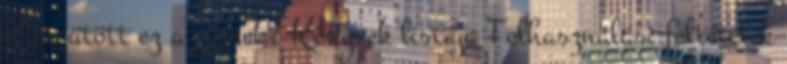
Kire ütött ez a gyerek? Könyvek listája Felhasználási feltételek